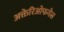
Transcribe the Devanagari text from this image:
अक्तेरिओफगेस